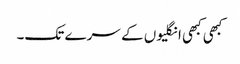
کبھی کبھی انگلیوں کے سرے تک۔